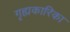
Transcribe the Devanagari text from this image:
गृह्यकारिका